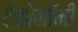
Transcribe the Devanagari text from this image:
टेकोनॉमी